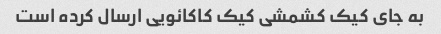
به جای کیک کشمشی کیک کاکائویی ارسال کرده است